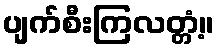
ပျက်စီးကြလတ္တံ့။